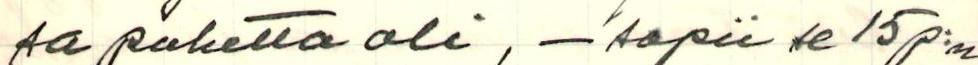
sa puhetta oli, - sopii se 15p:n